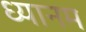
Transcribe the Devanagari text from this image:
ध्यानम